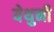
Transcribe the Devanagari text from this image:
येथुनी